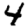
Digit: 4